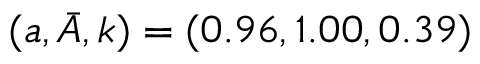
( a , \bar { A } , k ) = ( 0 . 9 6 , 1 . 0 0 , 0 . 3 9 )